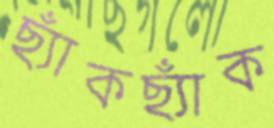
ছ্যাঁকছ্যাঁক